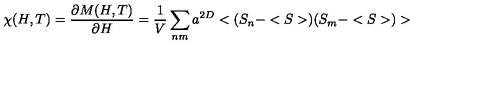
\chi ( H , T ) = \frac { \partial M ( H , T ) } { \partial H } = \frac { 1 } { V } \sum _ { n m } a ^ { 2 D } < ( S _ { n } - < S > ) ( S _ { m } - < S > ) >